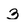
Character: 3